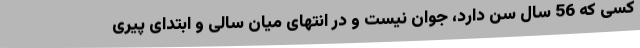
کسی که 56 سال سن دارد، جوان نیست و در انتهای میان سالی و ابتدای پیری